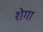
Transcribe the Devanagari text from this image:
शेगा